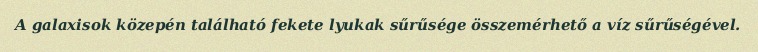
A galaxisok közepén található fekete lyukak sűrűsége összemérhető a víz sűrűségével.